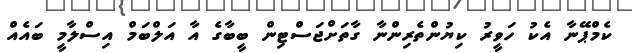
ކެމްޕޭނާ އެކު ހަވީރު ކިޔުންތެރިންނާ ގާތަށްޖަސްޓިން ބީބާގެ އާ އަލްބަމް އިސްލާމީ ބައެއް